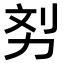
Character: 𠡖